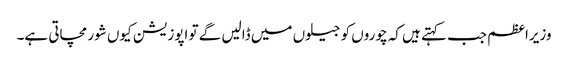
وزیراعظم جب کہتے ہیں کہ چوروں کو جیلوں میں ڈالیں گے تو اپوزیشن کیوں شور مچاتی ہے۔